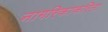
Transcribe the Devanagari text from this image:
नागरिकाकरिता